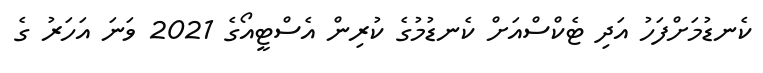
ކެނޑުމަށްފަހު އަދި ޓެކްސްއަށް ކެނޑުމުގެ ކުރިން އެސްޓީއޯގެ 2021 ވަނަ އަހަރު ގެ